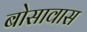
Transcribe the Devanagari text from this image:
बोसावास